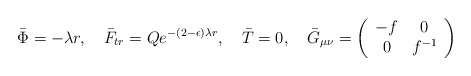
\begin{align*}\bar \Phi = - \lambda r,~~~ \bar F_{tr} = Q e^{-(2-\epsilon) \lambda r},~~~ \bar T = 0,~~~ \bar G_{\mu\nu} = \left( \begin{array}{cc} - f & 0 \\ 0 & f^{-1} \end{array} \right)\end{align*}